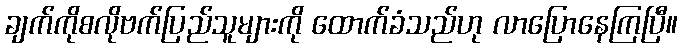
ချက်ကိုစလိုဗက်ပြည်သူများကို ထောက်ခံသည်ဟု လာပြောနေကြပြီ။